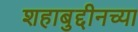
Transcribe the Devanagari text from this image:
शहाबुद्दीनच्या